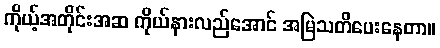
ကိုယ့်အတိုင်းအဆ ကိုယ်နားလည်အောင် အမြဲသတိပေးနေတာ။